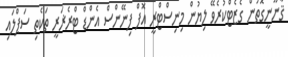
ޤާނޫނީގޮތުން ގެޒެޓްކުރެވޭ ލިޔުން މިނިސްޓްރީ އޮފް ފިނޭންސް އެންޑް ޓްރެޜަރީ ތަކެތި ސަޕްލައި